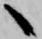
へ